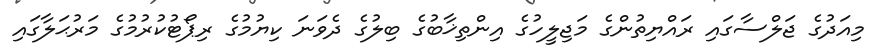
މިއަދުގެ ޖަލްސާގައި ރައްޔިތުންގެ މަޖިލީހުގެ އިންތިޚާބުގެ ބިލުގެ ދެވަނަ ކިޔުމުގެ ރިޕޯޓުކުރުމުގެ މަރުޙަލާގައި